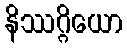
နိဿဂ္ဂိယော